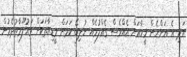
އަދި އެ އަންހެން މީހާއަށް އެއްވެސް ގެއްލުމެއް ނުލިބޭ ކަމަށް މީޑިއާތަކަށް މައުލޫމާތުދެމުން